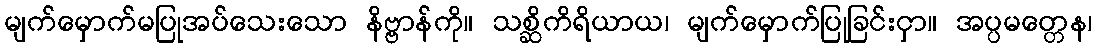
မျက်မှောက်မပြုအပ်သေးသော နိဗ္ဗာန်ကို။ သစ္ဆိကိရိယာယ၊ မျက်မှောက်ပြုခြင်းငှာ။ အပ္ပမတ္တေန၊